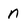
Character: n